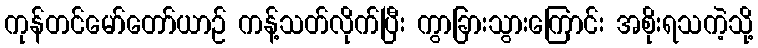
ကုန်တင်မော်တော်ယာဉ် ကန့်သတ်လိုက်ပြီး ကွာခြားသွားကြောင်း အစိုးရသကဲ့သို့